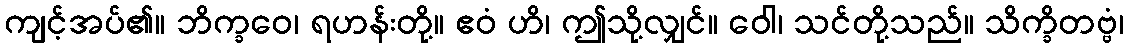
ကျင့်အပ်၏။ ဘိက္ခဝေ၊ ရဟန်းတို့။ ဧဝံ ဟိ၊ ဤသို့လျှင်။ ဝေါ၊ သင်တို့သည်။ သိက္ခိတဗ္ဗံ၊